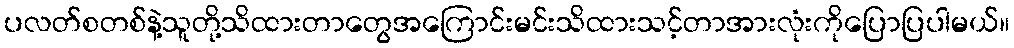
ပလတ်စတစ်နဲ့သူတို့သိထားတာတွေအကြောင်းမင်းသိထားသင့်တာအားလုံးကိုပြောပြပါမယ်။